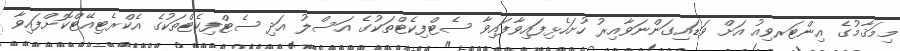
މިމަޤާމުގެ އިންޓަރވިއު އަށް ވަޑައިގަންނަވާއިރު ހުށަހެޅިފައިވާފައިވާ ސެޓްފިކެޓްތަކުގެ އަސްލު އަދި ސެޓްފިކެޓްތަކުގެ އެކްރެޓިއޭޓްކޮށްފައިވާ